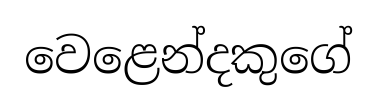
වෙළෙන්දකුගේ